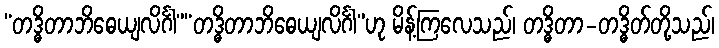
“တဒ္ဓိတာဘိဓေယျလိင်္ဂါ”“တဒ္ဓိတာဘိဓေယျလိင်္ဂါ”ဟု မိန့်ကြလေသည်၊ တဒ္ဓိတာ-တဒ္ဓိတ်တို့သည်၊